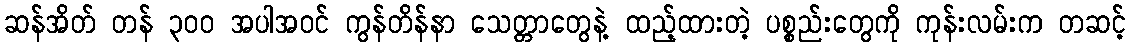
ဆန်အိတ် တန် ၃၀၀ အပါအဝင် ကွန်တိန်နာ သေတ္တာတွေနဲ့ ထည့်ထားတဲ့ ပစ္စည်းတွေကို ကုန်းလမ်းက တဆင့်